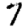
Digit: 7